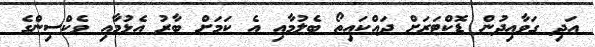
އަދި ގަވާއިދުން ޑޮކްޓަރަށް ދައްކައިތޯ ބެލުމާއި އެ ކަމަށް ބާރު އެޅުމާއި ވެކްސިންގެ